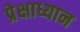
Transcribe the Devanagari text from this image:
प्रेक्षाध्यान